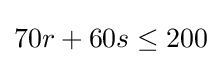
70r+60s\leq 200